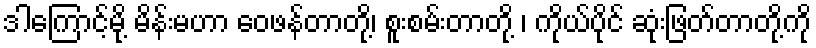
ဒါကြောင့်မို့ မိန်းမဟာ ဝေဖန်တာတို့၊ စူးစမ်းတာတို့ ၊ ကိုယ်ပိုင် ဆုံးဖြတ်တာတို့ကို